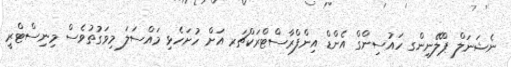
ނެޝަނަލް ޕްލޭނިންގ ހައުސިންގް އެންޑް އިންފްރާސްޓްރަކްޗަރ އަށް ހުށަހެޅި މައްސަލަ މިވަގުތުވެސް މިނިސްޓްރީ